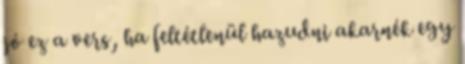
jó ez a vers, ha feltétlenül hazudni akarnék egy